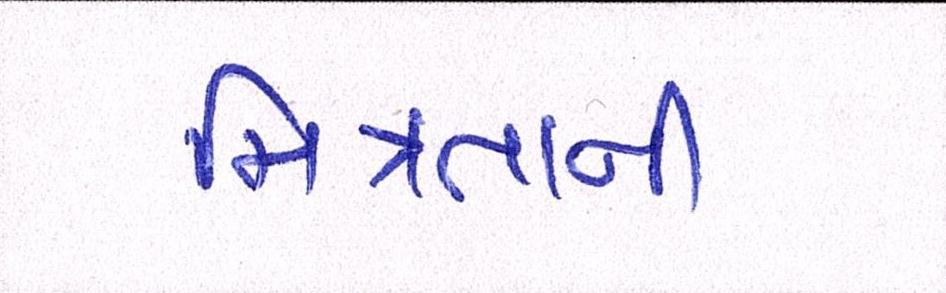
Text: મિત્રતાની